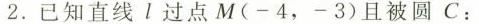
2.已知直线l过点M(-4，-3)且被圆C：